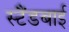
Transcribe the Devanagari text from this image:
स्‍टैंडबाई